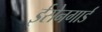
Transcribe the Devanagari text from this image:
ईसेनगार्ड